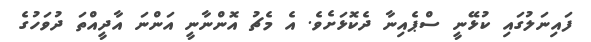
ފައިނަލުގައި ކުޅޭނީ ސްޕެއިނާ ދެކޮޅަށެވެ. އެ މެޗު އޮންނާނީ އަންނަ އާދީއްތަ ދުވަހުގެ